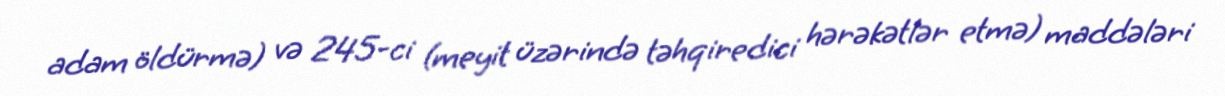
adam öldürmə) və 245-ci (meyit üzərində təhqiredici hərəkətlər etmə) maddələri